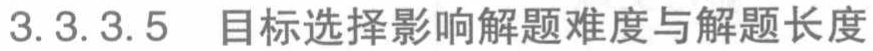
3.3.3.5 目标选择影响解题难度与解题长度